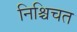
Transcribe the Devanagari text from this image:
निश्चिचत